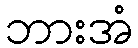
ဘားအံ